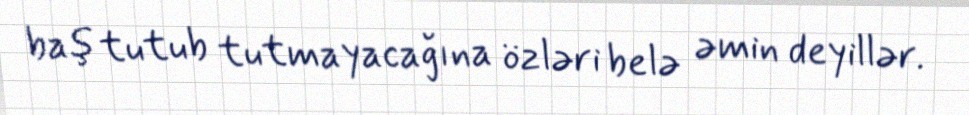
baş tutub tutmayacağına özləri belə əmin deyillər.